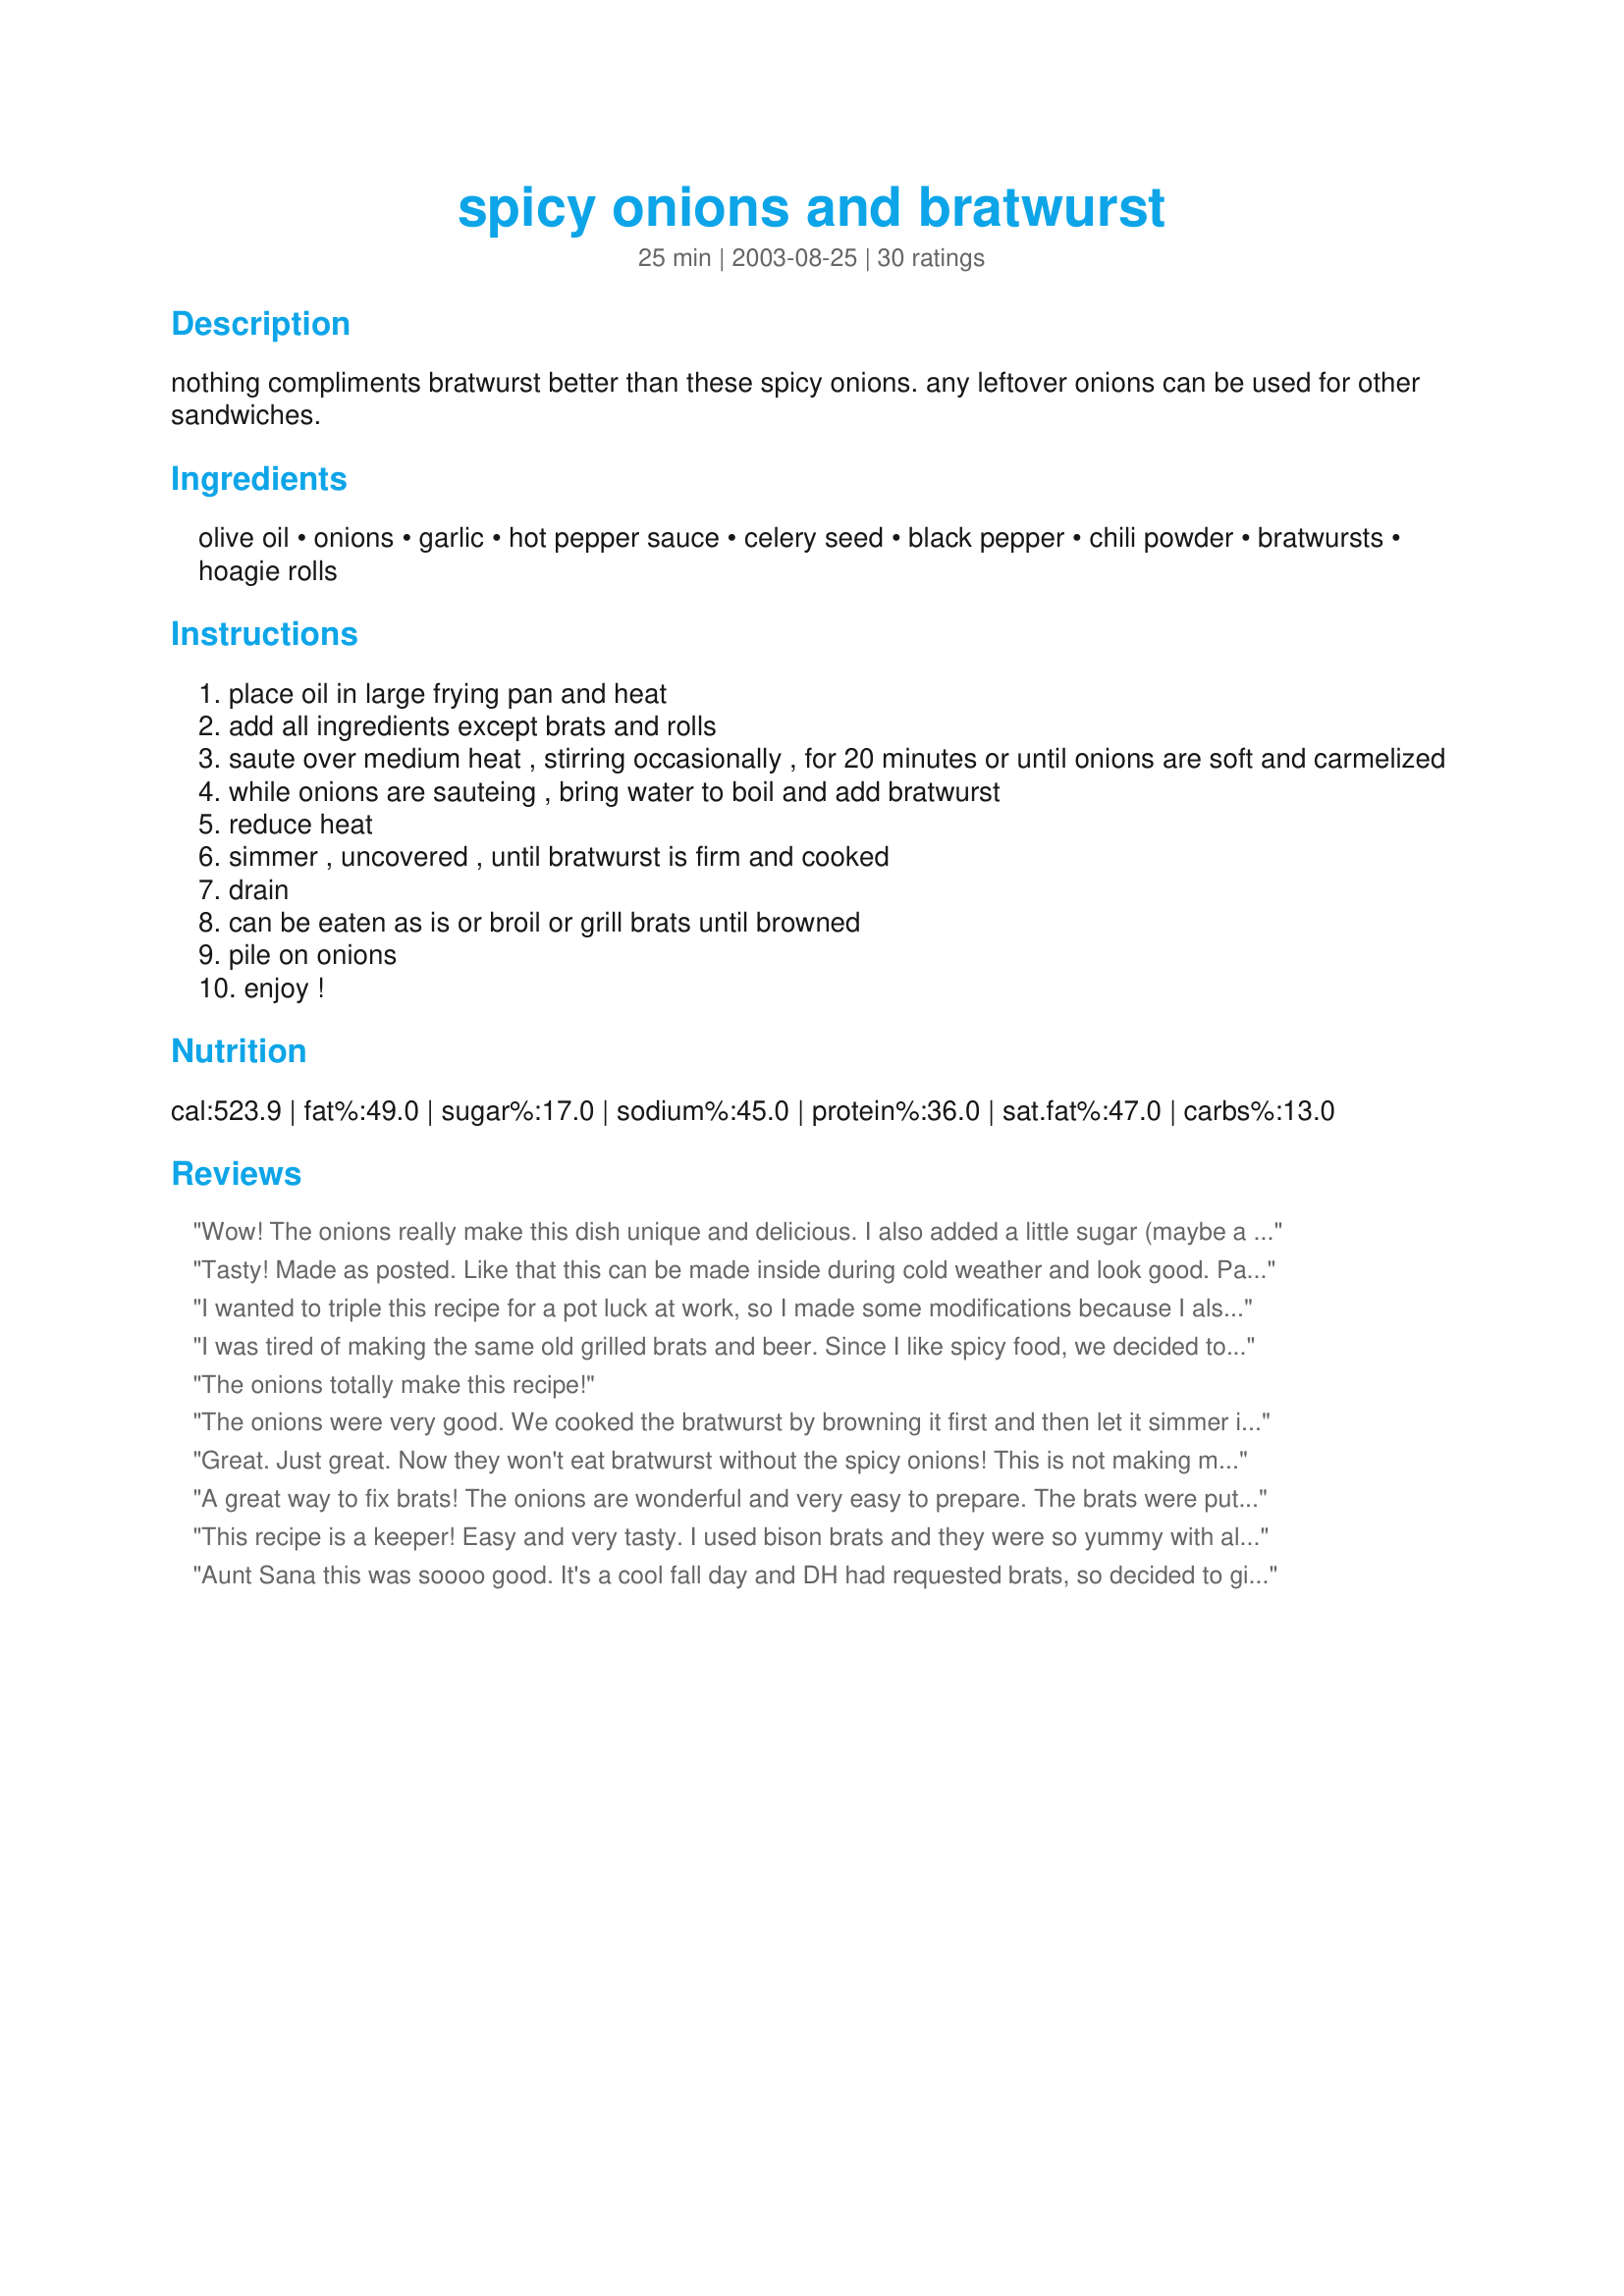
spicy onions and bratwurst
Preparation time: 25 minutes

nothing compliments bratwurst better than these spicy onions. any leftover onions can be used for other sandwiches.

Ingredients:
olive oil, onions, garlic, hot pepper sauce, celery seed, black pepper, chili powder, bratwursts, hoagie rolls

Steps:
place oil in large frying pan and heat
add all ingredients except brats and rolls
saute over medium heat , stirring occasionally , for 20 minutes or until onions are soft and carmelized
while onions are sauteing , bring water to boil and add bratwurst
reduce heat
simmer , uncovered , until bratwurst is firm and cooked
drain
can be eaten as is or broil or grill brats until browned
pile on onions
enjoy !

Reviews:
Wow! The onions really make this dish unique and delicious. I also added a little sugar (maybe a tsp.) to help the onions carmelize. Don't omit the celery seeds--they really add a nice flavor!
Tasty! Made as posted. Like that this can be made inside during cold weather and look good. Parboiled the brats then added to onion mixture to brown the brats a bit. Skipped the mustard and catsup as bun was very full. Celery seed is perfect in this. Thanks AuntSana for posting. Made for Fall PAC '08.
I wanted to triple this recipe for a pot luck at work, so I made some modifications because I also wanted to use my crockpot. First, I made the onions as directed. Then I simmered the brats for about 10 minutes in 1/2 inch of water, flipping them about halfway through. Then I layered the onions and the sausages in the crockpot, set it on low, and let it simmer the 4 hours before lunch. The lucious smell permeated the office, and I had to threaten the guys with bodily harm if I caught them opening the crockpot again. The last step was to push the burgers on the grill aside and throw the sausages on to brown a little since they look a bit washed out straight out of the crockpot. IT WAS OUT OF THIS WORLD! The guys just loved it and used the onions on both the sausages and burgers. It was so good that the GUYS asked me for the recipe. That's a real sign of success.
I was tired of making the same old grilled brats and beer. Since I like spicy food, we decided to give these a try!I used Spanish red onions,added green peppers,then added 1/3-1/2 can of beer.Heated until liquid evaporated and the onions and peppers were limp,then added all the other spices and used Whoop Ass Hickory Hot Sauce instead of chili power and black pepper. These were made on the grill then transfered to the sauce pan with all the other ingredients. Then added 1/3 cup of beer! These were very, very good!I usually do not add recipes to my cookbook, but this one I did!
The onions totally make this recipe!
The onions were very good. We cooked the bratwurst by browning it first and then let it simmer in Guiness. These would be good on burgers, sausage sandwiches, etc. Really good flavor.
Great. Just great. Now they won't eat bratwurst without the spicy onions! This is not making my life easier, but thanks for a great recipe.
A great way to fix brats! The onions are wonderful and very easy to prepare. The brats were put on the grill for a few minutes. They were served on warmed rolls with oven fries.
This recipe is a keeper! Easy and very tasty. I used bison brats and they were so yummy with all the seasonings. Thanks for a great recipe! Even my husband loved it and he doesn't dish out compliments too frequently!
Aunt Sana this was soooo good. It's a cool fall day and DH had requested brats, so decided to give this a try. The only thing differant I did was to add some saurkraut to the mix (again at DH's request) and it was perfect. Just the right amount of kick to send these brats over the top. To serve made recipe#133547 grilled the brats on my GF prior to serving and topped with hot mustard.
Thank you, thank you, thank you for this recipe! I think most of us have a favorite way to cook brats, so let me get straight to the starmaker onions - they are outstanding. I used Paul Prudhomme's Magic Pepper Sauce and have to confess that the first time I tried this, I reduced the amount of pepper sauce a lot, but I'm increasing it each time and they just get better and better. I also use sweet onions like Oh-So-Sweet because vidalias aren't in season. Had to send this recipe to my sister to add to their annual 4th of July brat and burger cookout!
WOW!!!! What a kick! I love sauteed onions and green peppers on my brats. But this was the ticket. I don't think I will ever do brats again without these onions. Next time I am going to do it with the peppers just to see. I know there are some of my family members who will absolutely go crazy for these onions. I can't wait for my summer party to prepare these for them. Thanks for the great recipe!!
***UPDATE*** I did the onion part of the recipe for my burgers, and boy, oh boy, let me tell you it was great!!! This recipe hasn't failed me yet!
My husband just loved these...well why not? Brats! They are too rich for my tastes, but he looks forward to holidays when he might get them! (He also looks forward to The Tour! ;)) The hot sauce and carmelized onions are a must! I had a taste...VERY GOOD! Made for ZWT6 and appreciated!
Excellent flavoured onions. These will be wonderful on hamburgers too. I used Denzel's Molten Lava hot sauce After sauting the onions until golden. I simmered the brats and then fried them to get that lovely color that they turn. I served with a sweet German mustard. I brushed the top of the bun with egg white and sprinkled on Asiago Cheese , excellent result both in appearance abd taste I'll be making this again - love Brats Thanks Susannah

Couldn't resist making these again - this time I used Hot Italian Sausage Mmmmmmm
Oh, this is excellent! This took a regular brat up to the next level. I also added a green pepper, but otherwise made it as directed. Thanks for the great recipe!
Great onions! I grilled the brats to finish the preparation, and we really enjoyed the combo. Thanks for sharing!
Nice!!! I grilled my brats on my George Foreman and served with an assortment of mustards!
Good. I didn't change a thing
Yum-yum! I made this this weekend and it was fabulous. I put the brats in the pan with the onions after boiling and let them crisp up......very good. And like all the reviewers before me...we loved the onions. I want to make patty melts soon and am going to use these onions in them.....thank you so much.....Stephanie
Simple & tasty! I only used 1 medium onion since there's two of us, so I just guestimated on the seasoning. Thanks for sharing!
These onions were excellent with brats! They were also yummy on their own. I added 1 tbs. of sugar to help carmelize the onions. Would use the onions alone for burgers!
This recipe was included in Book#228608. May 7, 2008 -- I was looking for a new recipe to prepare bratwurst and this caught my eye. This is superb -- your spicy onion recipe is perfect to serve with the bratwurst and can also be used with other recipes as well. I parboiled the bratwurst because I was using the uncooked kind, and then we finished them on the grill. I only wish we had some leftovers -- yum! Thanks for posting this terrific recipe -- we loved it.
The onions were so good and sent the brats over the top for us. We also used them on Italian Sausages on the grill and they were great! We will be making these a lot this summer!
Outstanding! Great idea to this outside though if you have a burner on your grill. Tease the neighborhood and you save yourself the airing out of your kitchen! I add a little hot hungarian paprika at the end, and sometimes at grill parties will flambe with hot chili vodka. Mostly for the oohs and ahhs. Thanks for a great recipe, great on way more than just brats.
served this at a party- people loved the onions on the burgers as well.
Yum! These onions were so good on brats! I actually prefer them over sauerkraut. I didn't have any celery seed, but I think I'm going to get some before I make this next time. According to previous reviewers, it's a must have! Will definitely make again.
Very good! I did not have the celery seed so substituted celery salt (only thing celery I had & after reading the reviews celery seemed important to the recipe) and it was really good. Warm steamy hot dog buns won out over the hoagie rolls. Thanks for the recipe!
These smell and taste amazing. I used the onions on hot dogs and they were greatly improved by this tasty accompaniment. My family are not too big on spices so I used chili sauce instead of hot pepper sauce and it worked great for us. This will be a regular dish when we are having burgers or dogs. Thanks for sharing your recipe.
Great bratwurst! Loved the flavor of the onions on the side. I did simmer them in beer first and then BBQ'd on the KJ. So moist.
Very tasty. I halved the recipe (only had 3 brats)But did not use the specified amount of hot pepper sauce or chili powder (some times I'm a wimp!)Just did several good shakes of each. And it was gooood. DarkHunter, thanks for posting . . . Janet
